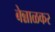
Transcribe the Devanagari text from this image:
बेन्नाळकर